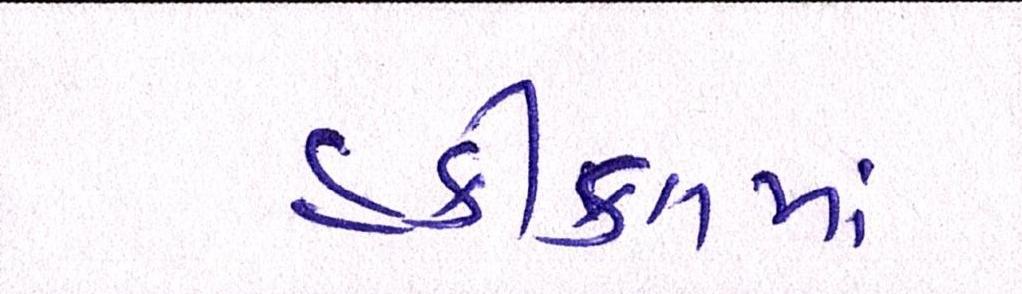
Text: હકીકતમાં